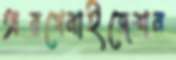
অরগেনাইজেশন